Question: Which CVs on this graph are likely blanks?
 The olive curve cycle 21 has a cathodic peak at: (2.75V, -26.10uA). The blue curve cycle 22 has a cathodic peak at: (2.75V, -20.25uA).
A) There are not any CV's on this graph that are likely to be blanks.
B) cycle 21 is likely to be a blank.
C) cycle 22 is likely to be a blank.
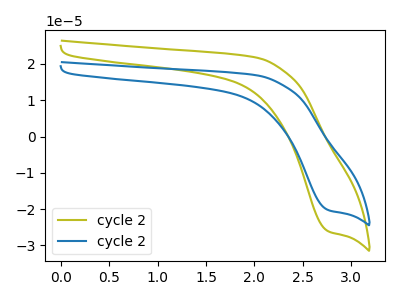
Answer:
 <answer>A) There are not any CV's on this graph that are likely to be blanks.</answer>
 <eval>A</eval>